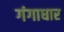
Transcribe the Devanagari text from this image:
गंगाधार